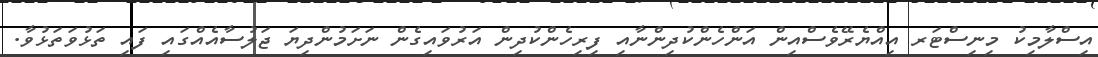
އިސްލާމިކު މިނިސްޓަރ އިއްޔެރޭވެސްއިން އަންހެންކުދިންނާއި ފިރިހެންކުދިން އަރުވައިގެން ނަށަމުންދިޔަ ޖަލުސާއެއްގައި ފައި ތަޅުވަތަޅުވާ.